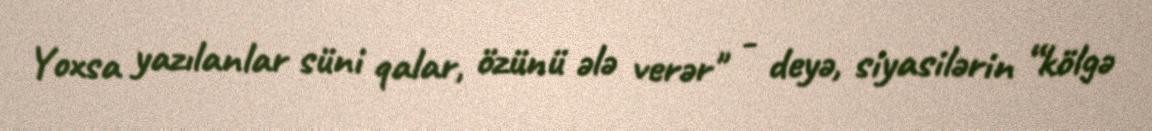
Yoxsa yazılanlar süni qalar, özünü ələ verər" - deyə, siyasilərin “kölgə